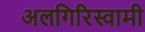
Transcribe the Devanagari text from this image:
अलगिरिस्वामी